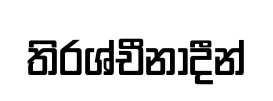
තිරශ්චීනාදීන්